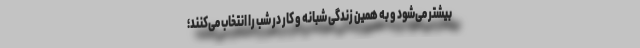
بیشتر می‌شود و به همین زندگی شبانه و کار در شب را انتخاب می‌کنند؛